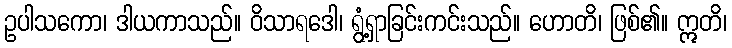
ဥပါသကော၊ ဒါယကာသည်။ ဝိသာရဒေါ၊ ရွံ့ရှာခြင်းကင်းသည်။ ဟောတိ၊ ဖြစ်၏။ ဣတိ၊